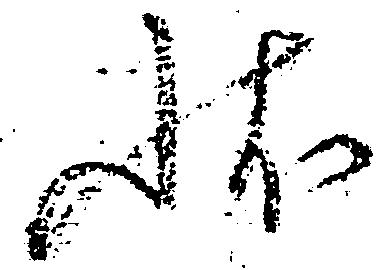
状